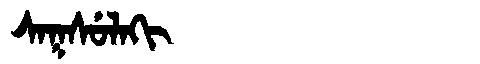
Manchu: ᠰᠠᡴᠰᡠᠯᠠᡴᡳ
Romanization: SAKSULAKI